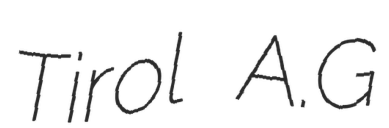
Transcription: Tirol A.G